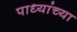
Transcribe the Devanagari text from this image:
पाध्यांच्या